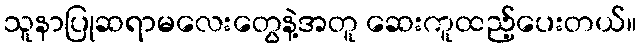
သူနာပြုဆရာမလေးတွေနဲ့အတူ ဆေးကူထည့်ပေးတယ်။